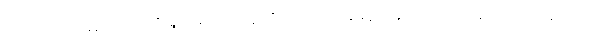
သူတို့သည် မကောင်းဆိုးရွားများကို သူတို့ပညာဖြင့် နှိမ်နင်းနိုင်သည်ဟု ဆိုသည်း သူတို့သည်